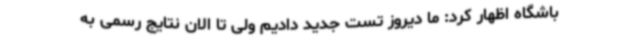
باشگاه اظهار کرد: ما دیروز تست جدید دادیم ولی تا الان نتایج رسمی به